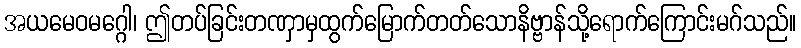
အယမေဝမဂ္ဂေါ၊ ဤတပ်ခြင်းတဏှာမှထွက်မြောက်တတ်သောနိဗ္ဗာန်သို့ရောက်ကြောင်းမဂ်သည်။